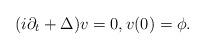
LaTeX: \begin{align*}(i\partial _t + \Delta ) v= 0, v(0) = \phi.\end{align*}